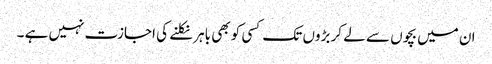
ان میں بچوں سے لے کر بڑوں تک کسی کو بھی باہر نکلنے کی اجازت نہیں ہے ۔